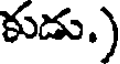
కుడు.)